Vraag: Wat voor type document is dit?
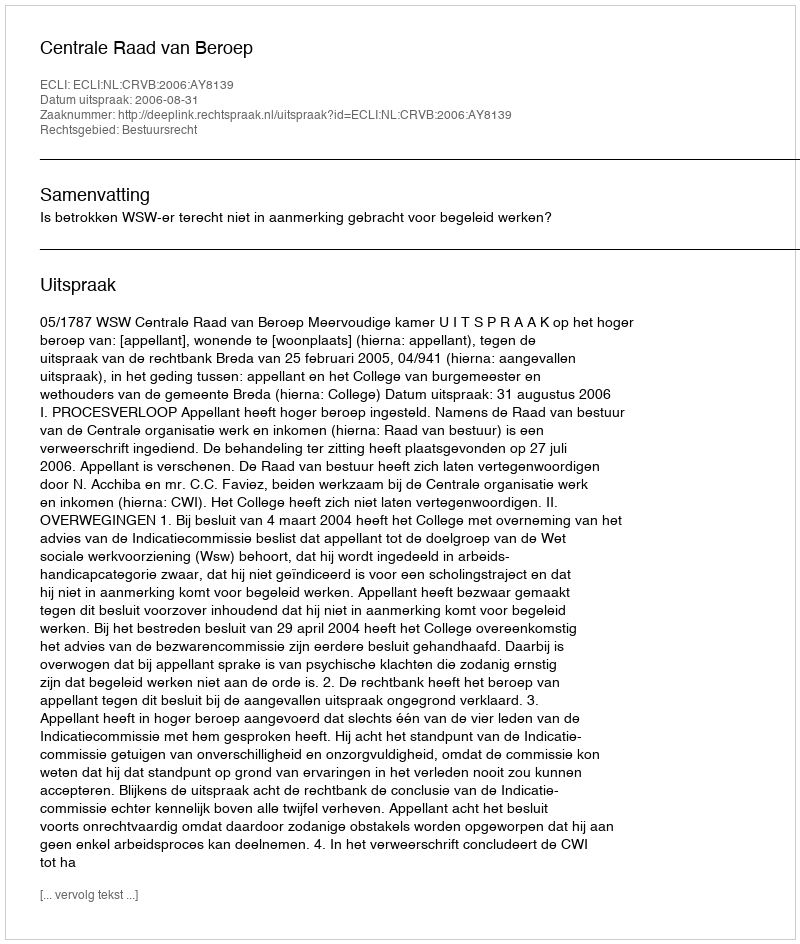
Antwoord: Uitspraak